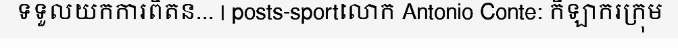
ទទួលយកការពិតន... | posts-sportលោក Antonio Conte: កីឡាករក្រុម